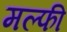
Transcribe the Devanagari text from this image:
मल्फी